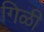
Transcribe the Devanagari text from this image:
गिळी